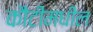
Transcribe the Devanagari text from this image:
कौंटीमधील